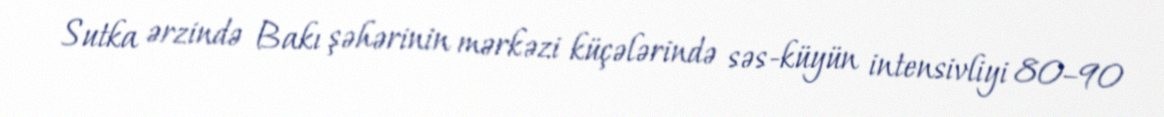
Sutka ərzində Bakı şəhərinin mərkəzi küçələrində səs-küyün intensivliyi 80–90